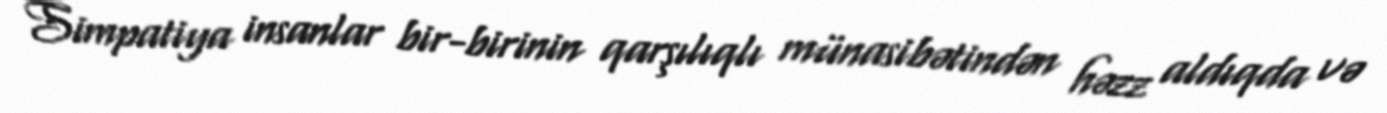
Simpatiya insanlar bir-birinin qarşılıqlı münasibətindən həzz aldıqda və